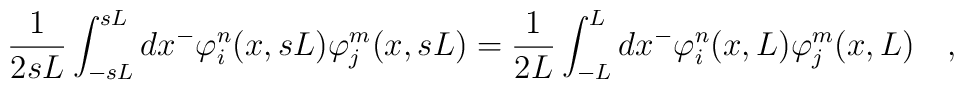
\frac{1}{2sL}\int_{-sL}^{sL}dx^- \varphi_{i}^n(x, sL)\varphi_{j}^m(x, sL)=\frac{1}{2L}\int_{-L}^{L}dx^- \varphi_{i}^n(x, L)\varphi_{j}^m(x, L)\quad ,